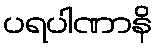
ပရပါဏာနိ